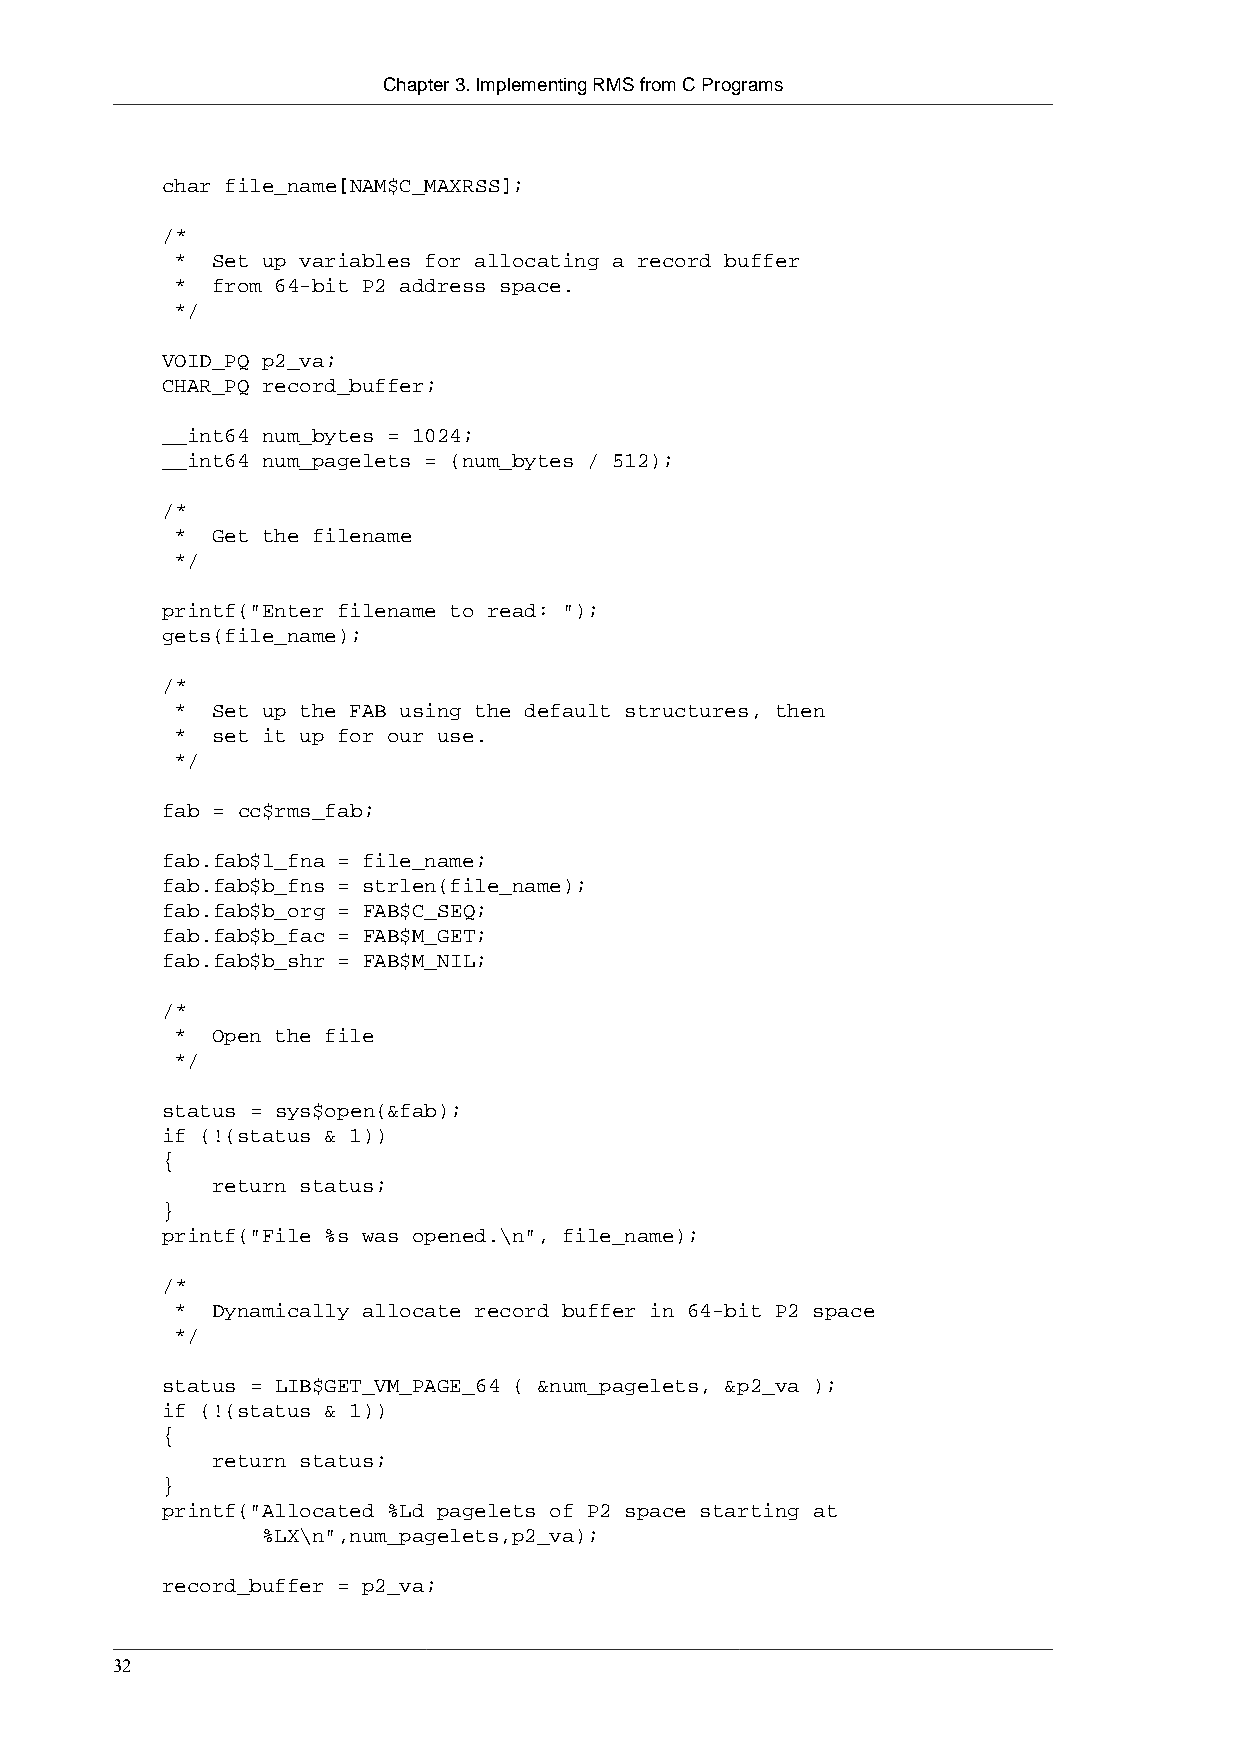
Chapter 3. Implementing RMS from C Programs
 char file_name[NAM$C_MAXRSS];
 /*
 * Set up variables for allocating a record buffer
 * from 64-bit P2 address space.
 */
 VOID_PQ p2_va;
 CHAR_PQ record_buffer;
 __int64 num_bytes = 1024;
 __int64 num_pagelets = (num_bytes / 512);
 /*
 * Get the filename
 */
 printf("Enter filename to read: ");
 gets(file_name);
 /*
 * Set up the FAB using the default structures, then
 * set it up for our use.
 */
 fab = cc$rms_fab;
 fab.fab$l_fna = file_name;
 fab.fab$b_fns = strlen(file_name);
 fab.fab$b_org = FAB$C_SEQ;
 fab.fab$b_fac = FAB$M_GET;
 fab.fab$b_shr = FAB$M_NIL;
 /*
 * Open the file
 */
 status = sys$open(&fab);
 if (!(status & 1))
 {
 return status;
 }
 printf("File %s was opened.\n", file_name);
 /*
 * Dynamically allocate record buffer in 64-bit P2 space
 */
 status = LIB$GET_VM_PAGE_64 ( &num_pagelets, &p2_va );
 if (!(status & 1))
 {
 return status;
 }
 printf("Allocated %Ld pagelets of P2 space starting at
 %LX\n",num_pagelets,p2_va);
 record_buffer = p2_va;
 32